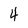
Character: 4